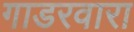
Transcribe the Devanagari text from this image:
गाडरवारा